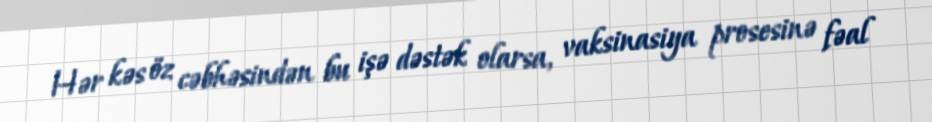
Hər kəs öz cəbhəsindən bu işə dəstək olarsa, vaksinasiya prosesinə fəal